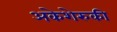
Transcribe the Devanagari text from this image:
अकेशेरुकी